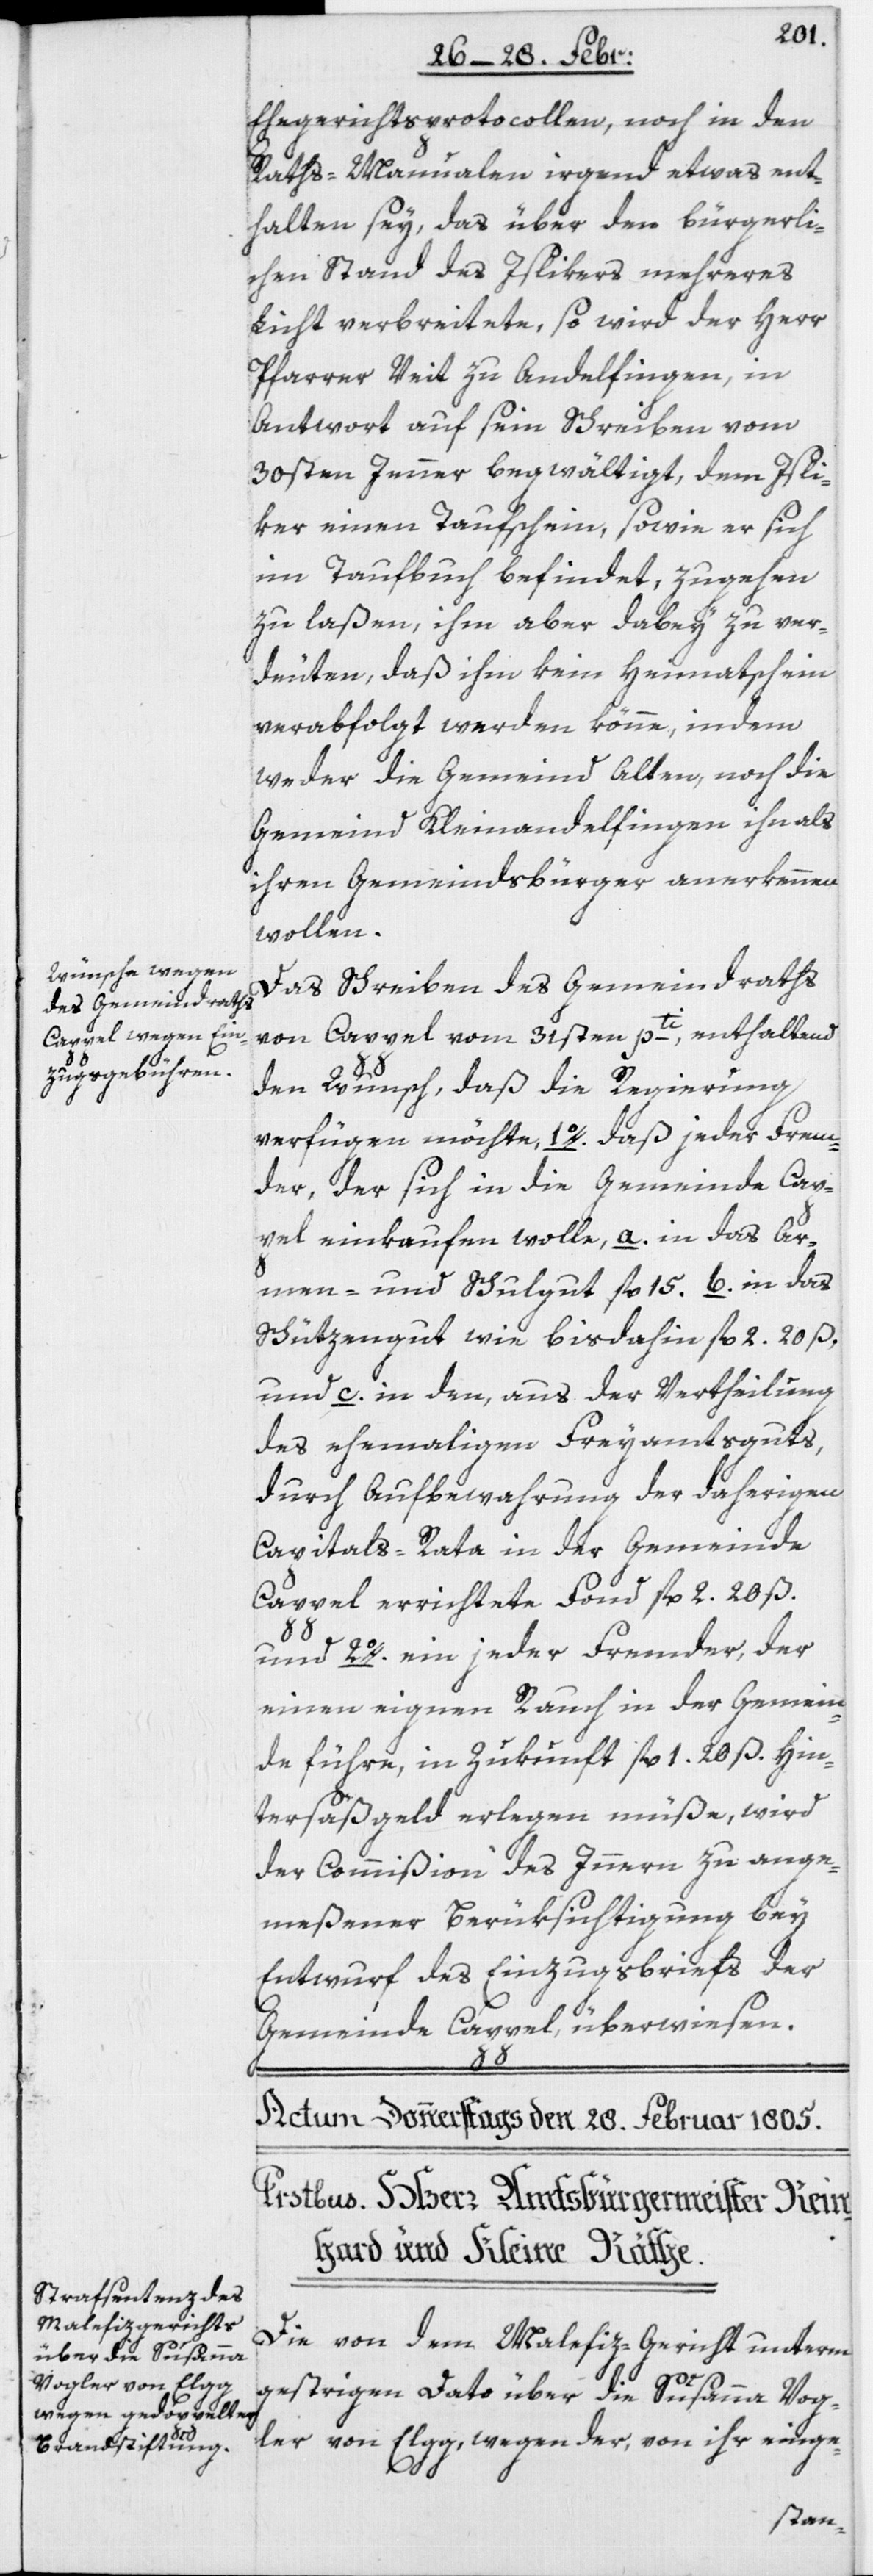
Ehegerichtsprotocollen, noch in den
Raths-Manualen irgend etwas ent¬
halten sey, das über den bürgerli¬
chen Stand des Islikers mehreres
Licht verbreitete, so wird der Herr
Pfarrer Veit zu Andelfingen, in
Antwort auf sein Schreiben vom
30sten Jenner begwältigt, dem Isli¬
ker einen Taufschein, sowie er sich
im Taufbuch befindet, zugehen
zu laßen, ihm aber dabey zu ver¬
deuten, daß ihm kein Heimatschein
verabfolgt werden könne, indem
weder die Gemeind Alten, noch die
Gemeind Kleinandelfingen ihn als
ihren Gemeindsbürger anerkennen
wollen.
Das Schreiben des Gemeindraths
von Cappel vom 31sten pti, enthaltend
den Wunsch, daß die Regierung
verfügen möchte, 1o. daß jeder Frem¬
der, der sich in die Gemeinde Cap¬
pel einkaufen wolle, a. in das Ar¬
men- und Schulgut fl.15. b. in das
Schützengut wie bisdahin fl. 2. 20 ß,
und c. in den, aus der Vertheilung
des ehemaligen Freyamtsguts,
durch Aufbewahrung der daherigen
Capitals-Rata in der Gemeinde
Cappel errichtete Fond fl. 2. 20 ß.
und 2o. ein jeder Fremder, der
einen eignen Rauch in der Gemein¬
de führe, in Zukunft fl. 1. 20 ß. Hin¬
tersäßgeld erlegen müße, wird
der Commißion des Innern zu ange¬
meßener Berüksichtigung bey
Entwurf des Einzugsbriefs der
Gemeinde Cappel überwiesen.
Die von dem Malefiz-Gericht unterm
gestrigen Dato über die Susanna Vog¬
ler von Elgg, wegen der, von ihr einge-